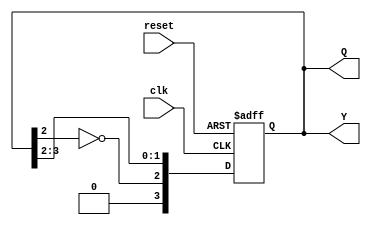
module johnson_counter #(
    parameter n = 4  // Number of bits in the Johnson counter
) (
    input wire clk,          // Clock signal
    input wire reset,        // Asynchronous reset signal
    output reg [n-1:0] Q,    // Current state of the counter
    output reg [n-1:0] Y     // Output logic based on the current state
);

    // State transition logic based on the current state
    always @(posedge clk or posedge reset) begin
        if (reset) begin
            Q <= 0; // Reset state to 0
        end else begin
            Q <= {~Q[n-2], Q[n-1:n-2]}; // Shift and invert for Johnson counter
        end
    end

    // Output logic (Moore output)
    always @(*) begin
        Y = Q; // Output directly reflects the state
        // Or define a specific output combination, e.g.:
        // Y = Q[0] & Q[1]; // Uncomment to use a specific output combination
    end

endmodule